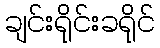
ချင်းရိုင်းခရိုင်